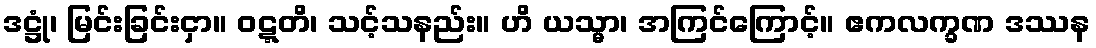
ဒဋ္ဌုံ၊ မြင်းခြင်းငှာ။ ဝဋ္ဋတိ၊ သင့်သနည်း။ ဟိ ယသ္မာ၊ အကြင်ကြောင့်။ ဧကလက္ခဏ ဒဿန